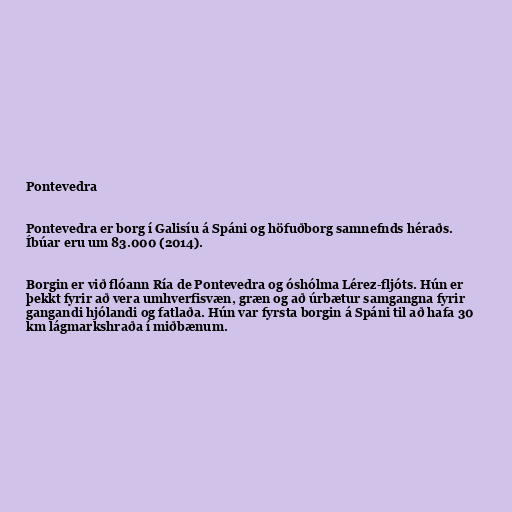
Pontevedra

Pontevedra er borg í Galisíu á Spáni og höfuðborg samnefnds héraðs.
Íbúar eru um 83.000 (2014).

Borgin er við flóann Ría de Pontevedra og óshólma Lérez-fljóts. Hún er
þekkt fyrir að vera umhverfisvæn, græn og að úrbætur samgangna fyrir
gangandi hjólandi og fatlaða. Hún var fyrsta borgin á Spáni til að hafa 30
km lágmarkshraða í miðbænum.